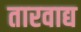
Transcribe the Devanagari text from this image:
तारवाद्य